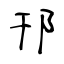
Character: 邗